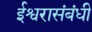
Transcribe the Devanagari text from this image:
ईश्वरासंबंधी